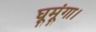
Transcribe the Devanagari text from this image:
घूमूंगा।